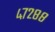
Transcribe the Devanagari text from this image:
४७२८८